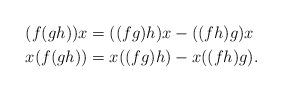
LaTeX: \begin{align*}(f(gh))x &= ((fg)h)x - ((fh)g)x \\x(f(gh)) &= x((fg)h) - x((fh)g).\end{align*}